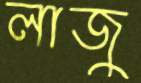
লাজু